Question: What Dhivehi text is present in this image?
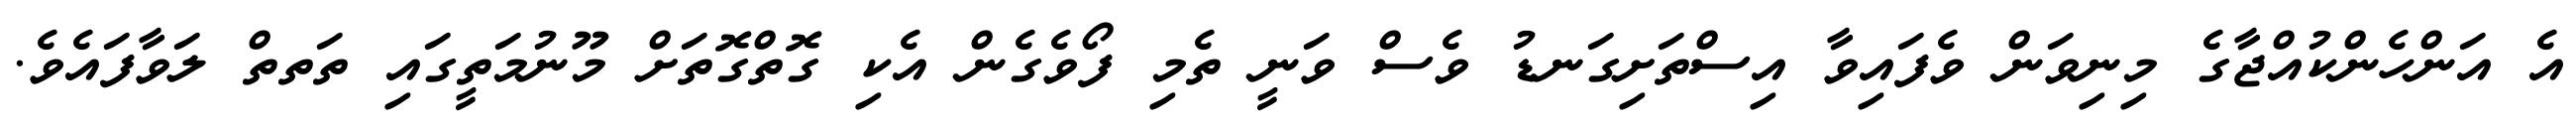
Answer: އެ އަންހެންކުއްޖާގެ މިނިވަން ވެފައިވާ އިސްތަށިގަނޑު ވެސް ވަނީ ތެމި ފޯވެގެން އެކި ގޮތްގޮތަށް މޫނުމަތީގައި ތަތތް ލަވާފައެވެ.